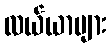
လယ်ယာများ